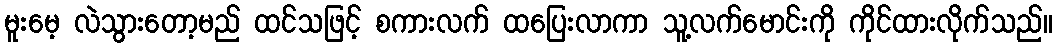
မူးမေ့ လဲသွားတော့မည် ထင်သဖြင့် စကားလက် ထပြေးလာကာ သူ့လက်မောင်းကို ကိုင်ထားလိုက်သည်။